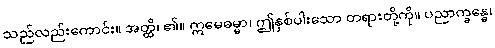
သည်လည်းကောင်း။ အတ္ထိ၊ ၏။ ဣမေဓမ္မာ၊ ဤနှစ်ပါးသော တရားတို့ကို။ ပညာက္ခန္ဓေ၊